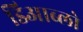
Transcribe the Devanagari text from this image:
डिआब्लो